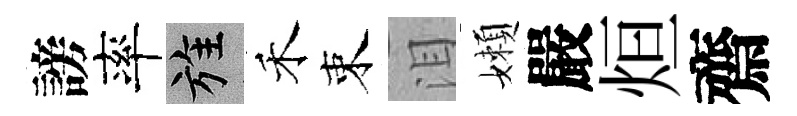
謗率旌禾束泪嬾嚴烜齋